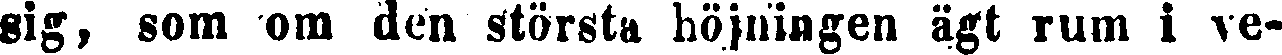
sig, som om den största höjningen ägt rum i ve-